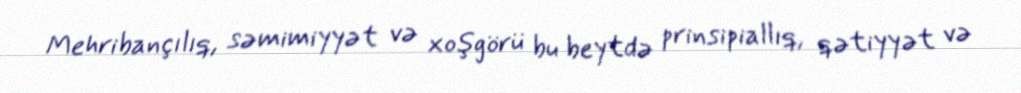
Mehribançılıq, səmimiyyət və xoşgörü bu beytdə prinsipiallıq, qətiyyət və